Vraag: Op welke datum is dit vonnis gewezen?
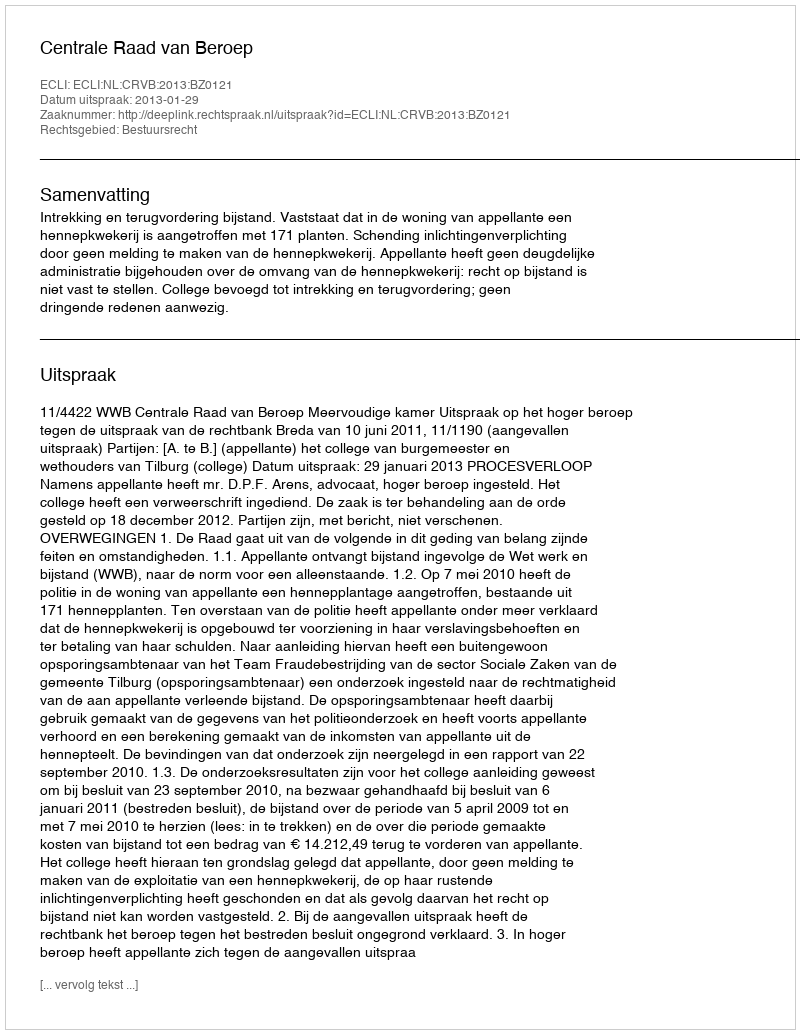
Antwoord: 2013-01-29